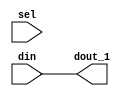
`timescale 1ns / 1ps



module 
 demux_1_to_1 
(
	input  din,
	input  [-1:0] sel,
	output dout_1
);

	assign dout_1	= din;
	
endmodule